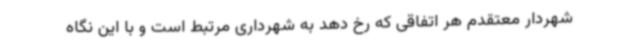
شهردار معتقدم هر اتفاقی که رخ دهد به شهرداری مرتبط است و با این نگاه